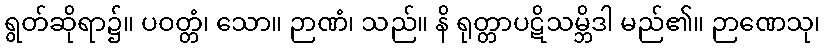
ရွတ်ဆိုရာ၌။ ပဝတ္တံ၊ သော။ ဉာဏံ၊ သည်။ နိ ရုတ္တာပဋိသမ္ဘိဒါ မည်၏။ ဉာဏေသု၊